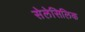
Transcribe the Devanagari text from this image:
सेलेसिलिक